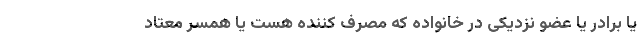
یا برادر یا عضو نزدیکی در خانواده که مصرف کننده هست یا همسر معتاد